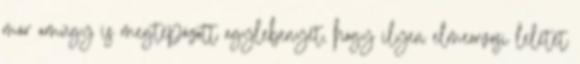
már amúgy is megtépázott agylebenyét, hogy ilyen elmeorvosi leletet